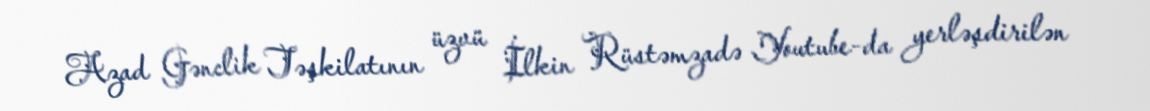
Azad Gənclik Təşkilatının üzvü İlkin Rüstəmzadə Youtube-da yerləşdirilən